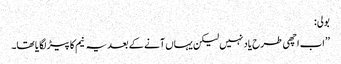
بولی:
’’اب اچھی طرح یاد نہیں لیکن یہاں آنے کے بعد یہ نیم کا پیڑ لگا یا تھا۔